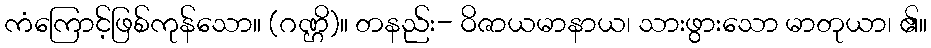
ကံကြောင့်ဖြစ်ကုန်သော။ (ဂဏ္ဌိ)။ တနည်း- ဝိဇာယမာနာယ၊ သားဖွားသော မာတုယာ၊ ၏။